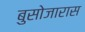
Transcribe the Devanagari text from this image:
बुसोजारास